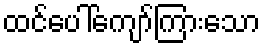
ထင်ပေါ်ကျော်ကြားသော